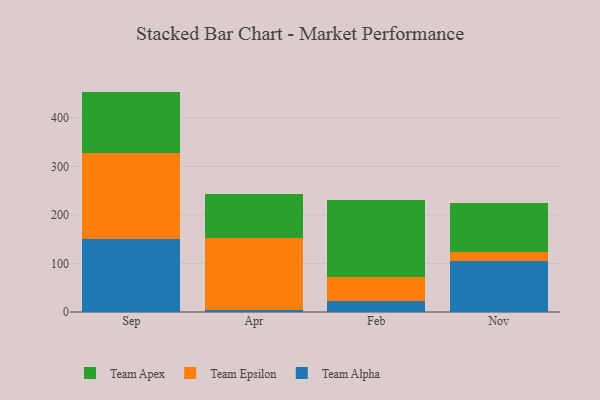
{"axis": {"x": "Month", "y": "Page Views"}, "legend": ["Team Alpha", "Team Apex", "Team Epsilon"], "data": [{"x": "Sep", "y": 150.8, "type": "Team Alpha"}, {"x": "Sep", "y": 178.0, "type": "Team Epsilon"}, {"x": "Sep", "y": 125.6, "type": "Team Apex"}, {"x": "Apr", "y": 5.0, "type": "Team Alpha"}, {"x": "Apr", "y": 146.9, "type": "Team Epsilon"}, {"x": "Apr", "y": 90.8, "type": "Team Apex"}, {"x": "Feb", "y": 22.8, "type": "Team Alpha"}, {"x": "Feb", "y": 48.8, "type": "Team Epsilon"}, {"x": "Feb", "y": 158.3, "type": "Team Apex"}, {"x": "Nov", "y": 105.5, "type": "Team Alpha"}, {"x": "Nov", "y": 18.2, "type": "Team Epsilon"}, {"x": "Nov", "y": 101.5, "type": "Team Apex"}]}